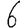
Digit: 6